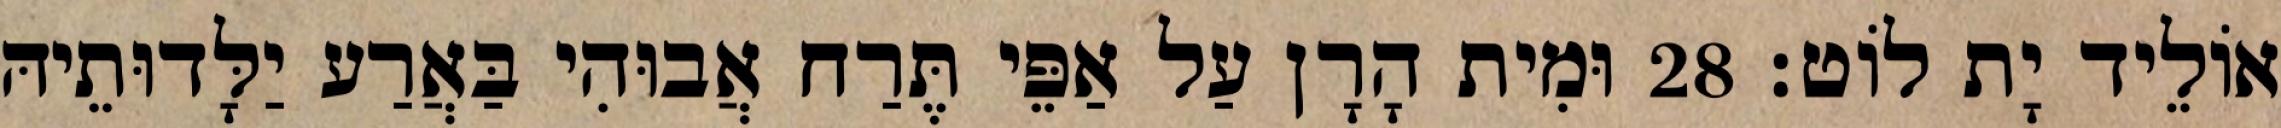
אוֹלֵיד יָת לוֹט׃ 28 וּמִית הָרָן עַל אַפֵּי תֶּרַח אֲבוּהִי בַּאֲרַע יַלָּדוּתֵיהּ